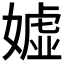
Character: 𱙧